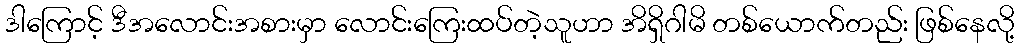
ဒါကြောင့် ဒီအလောင်းအစားမှာ လောင်းကြေးထပ်တဲ့သူဟာ အိရှိဂါမိ တစ်ယောက်တည်း ဖြစ်နေလို့